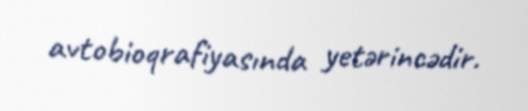
avtobioqrafiyasında yetərincədir.